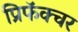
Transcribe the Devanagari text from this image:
प्रिफॅक्चर